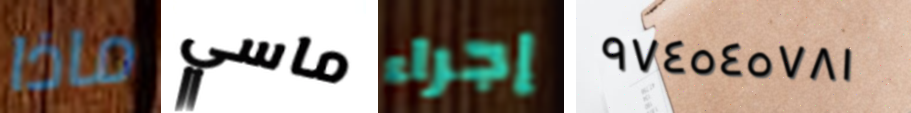
ماذا ماسي إجراء ٩٧٤٥٤٥٧٨١